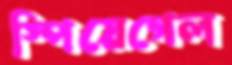
স্পিয়েগেল